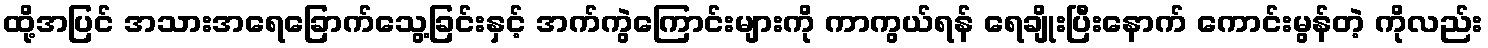
ထို့အပြင် အသားအရေခြောက်သွေ့ခြင်းနှင့် အက်ကွဲကြောင်းများကို ကာကွယ်ရန် ရေချိုးပြီးနောက် ကောင်းမွန်တဲ့ ကိုလည်း